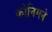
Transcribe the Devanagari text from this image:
कोनिगने